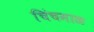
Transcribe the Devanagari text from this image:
चिंचमाळ